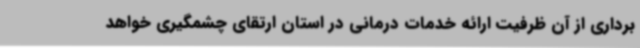
برداری از آن ظرفیت ارائه خدمات درمانی در استان ارتقای چشمگیری خواهد